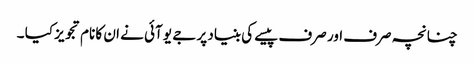
چنانچہ صرف اور صرف پیسے کی بنیاد پر جے یو آئی نے ان کا نام تجویز کیا ۔